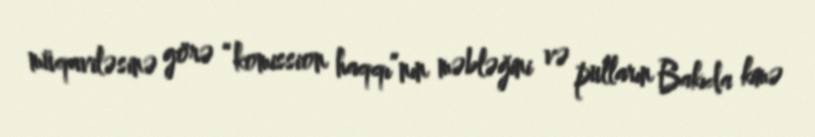
müqaviləsinə görə “komission haqqı”nın məbləğini və pulların Bakıda kimə